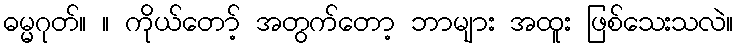
ဓမ္မဂုတ်။ ။ ကိုယ်တော့် အတွက်တော့ ဘာများ အထူး ဖြစ်သေးသလဲ။